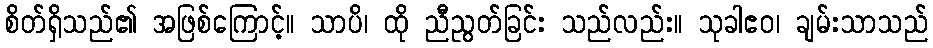
စိတ်ရှိသည်၏ အဖြစ်ကြောင့်။ သာပိ၊ ထို ညီညွတ်ခြင်း သည်လည်း။ သုခါဧဝ၊ ချမ်းသာသည်